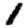
Digit: 1